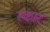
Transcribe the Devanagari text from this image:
स्‍कार